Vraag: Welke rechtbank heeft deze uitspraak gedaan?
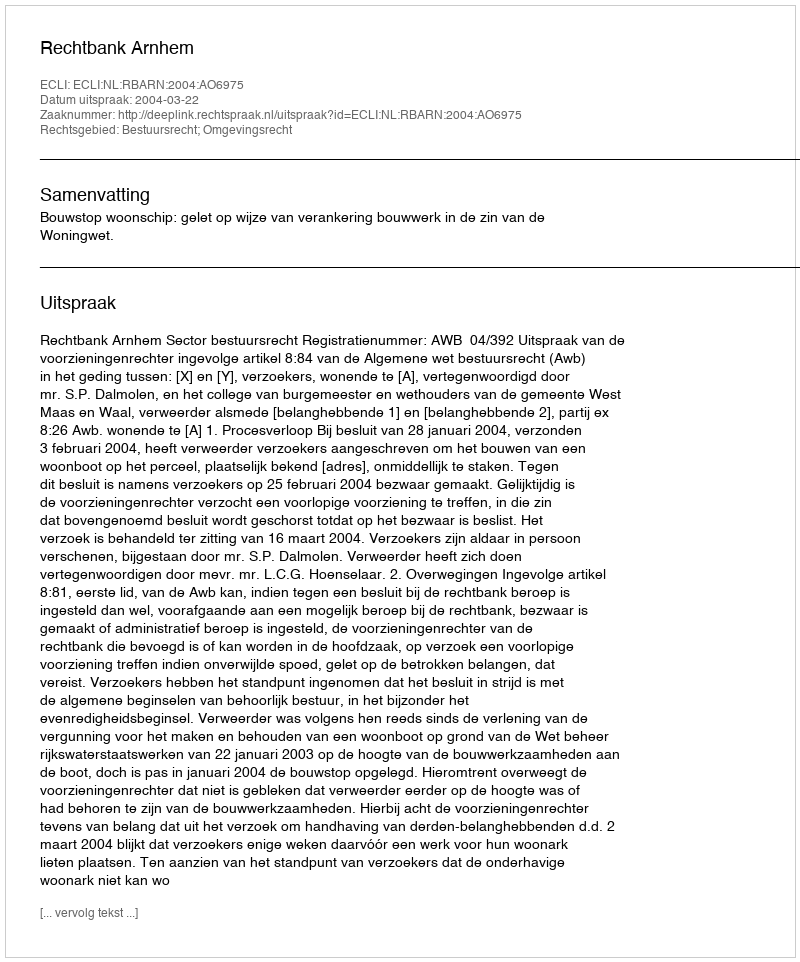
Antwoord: Rechtbank Arnhem